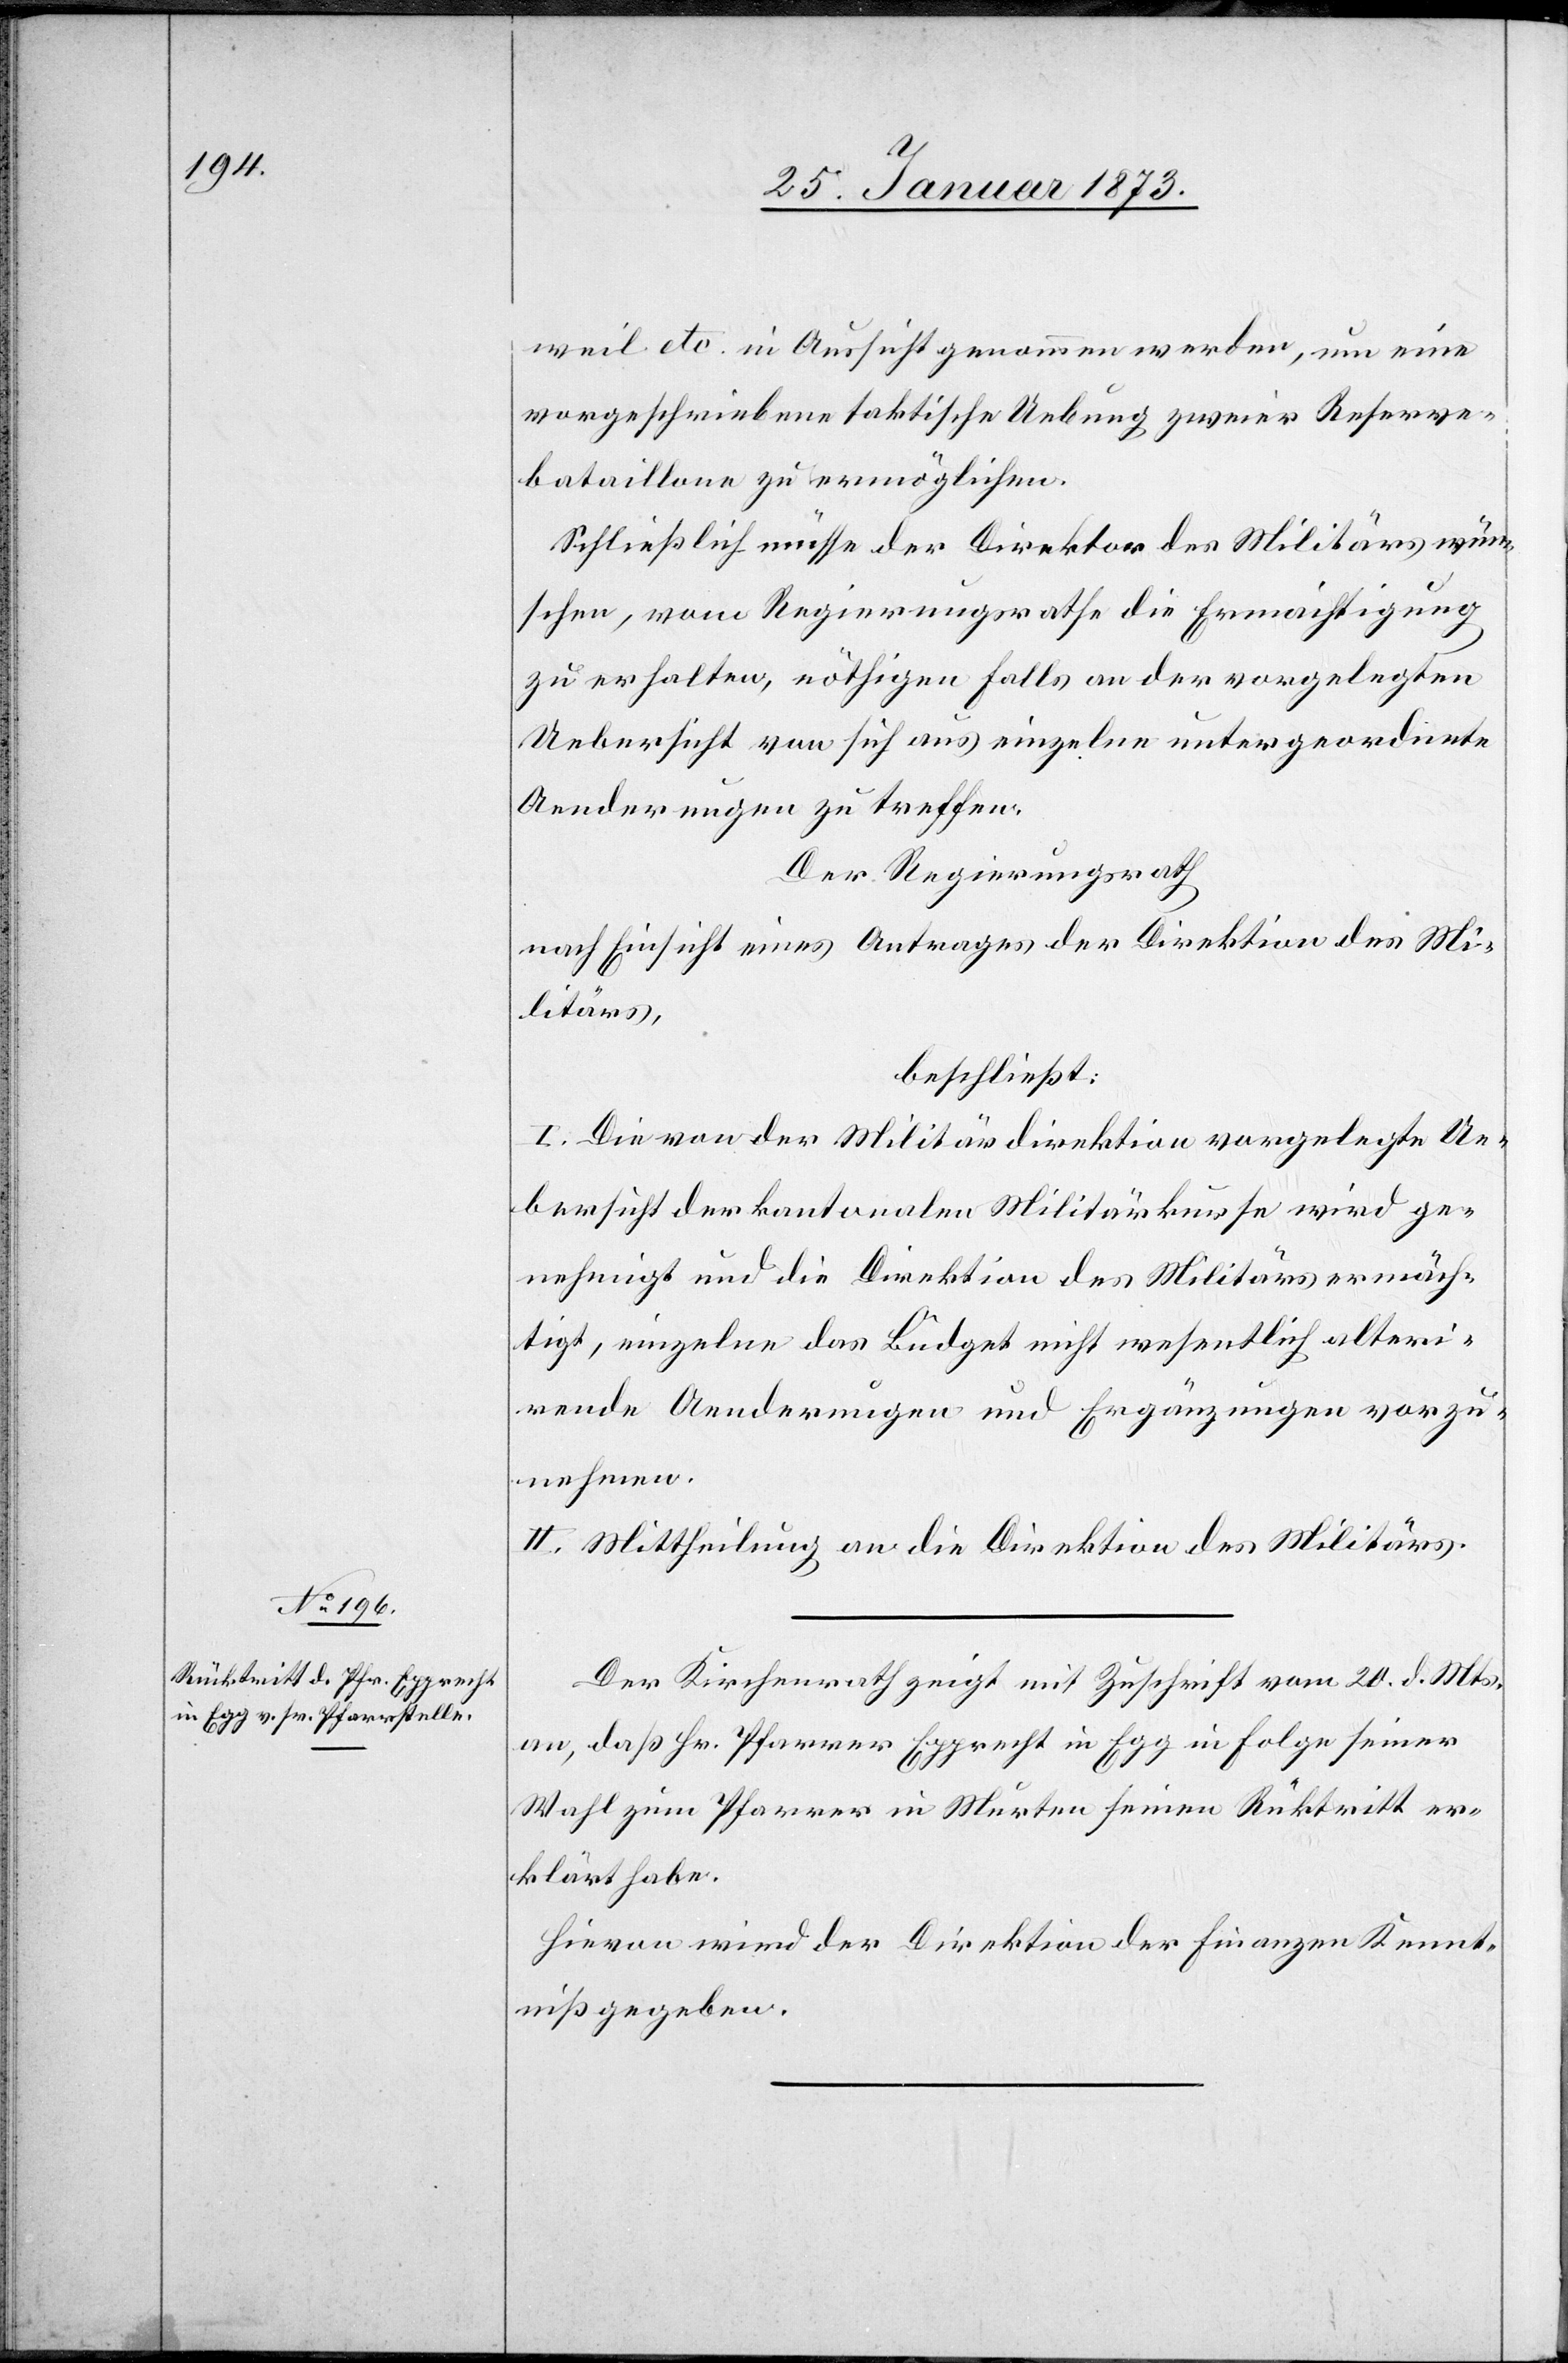
weil etc. in Aussicht genommen werden, um eine
vorgeschriebene taktische Uebung zweier Reserve¬
bataillone zu ermöglichen.
Schließlich müsse der Direktor des Militärs wün¬
schen, vom Regierungsrathe die Ermächtigung
zu erhalten, nöthigenfalls an der vorgelegten
Uebersicht von sich aus einzelne untergeordnete
Aenderungen zu treffen.
Der Regierungsrath
nach Einsicht eines Antrages der Direktion des Mi¬
litärs,
beschließt:
I. Die von der Militärdirektion vorgelegte Ue¬
bersicht der kantonalen Militärkurse wird ge¬
nehmigt und die Direktion des Militärs ermäch¬
tigt, einzelne das Budget nicht wesentlich alteri¬
rende Aenderungen und Ergänzungen vorzu¬
nehmen.
II. Mittheilung an die Direktion des Militärs.
Der Kirchenrath zeigt mit Zuschrift vom 20. d. Mts.
an, daß Hr. Pfarrer Epprecht in Egg in Folge seiner
Wahl zum Pfarrer in Murten seinen Rücktritt er¬
klärt habe.
Hievon wird der Direktion der Finanzen Kennt¬
niß gegeben.